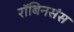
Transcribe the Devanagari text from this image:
रॉबिनसंस